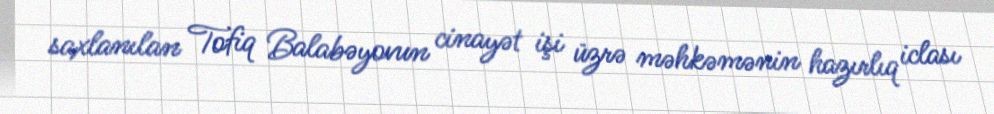
saxlanılan Tofiq Balabəyovun cinayət işi üzrə məhkəmənin hazırlıq iclası